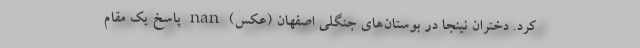
کرد. دختران نینجا در بوستان‌های جنگلی اصفهان (عکس) nan پاسخ یک مقام